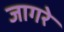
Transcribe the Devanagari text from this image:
जागरे